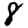
Digit: 8